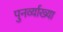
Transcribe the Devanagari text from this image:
पुनर्व्‍याख्‍या